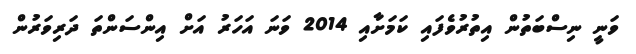
ވަނީ ނިސްބަތުން އިތުރުވެފައި ކަމަށާއި 2014 ވަނަ އަހަރު އަށް އިންސަންތަ ދަރިވަރުން